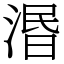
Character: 湣